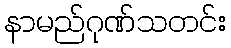
နာမည်ဂုဏ်သတင်း